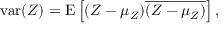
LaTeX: \operatorname { v a r } ( Z ) = \operatorname { E } \left[ ( Z - \mu _ { Z } ) { \overline { { ( Z - \mu _ { Z } ) } } } \right] ,